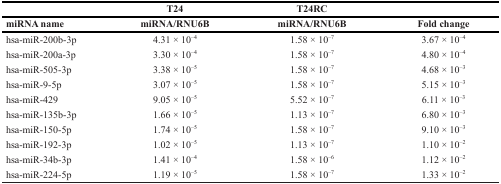
|  | T24 | T24RC |  |
 | miRNA name | miRNA/RNU6B | miRNA/RNU6B | Fold change |
 | --- | --- | --- | --- |
 | hsa-miR-200b-3p | 4.31 × 10–4 | 1.58 × 10–7 | 3.67 × 10–4 |
 | hsa-miR-200a-3p | 3.30 × 10–4 | 1.58 × 10–7 | 4.80 × 10–4 |
 | hsa-miR-505-3p | 3.38 × 10–5 | 1.58 × 10–7 | 4.68 × 10–3 |
 | hsa-miR-9-5p | 3.07 × 10–5 | 1.58 × 10–7 | 5.15 × 10–3 |
 | hsa-miR-429 | 9.05 × 10–5 | 5.52 × 10–7 | 6.11 × 10–3 |
 | hsa-miR-135b-3p | 1.66 × 10–5 | 1.13 × 10–7 | 6.80 × 10–3 |
 | hsa-miR-150-5p | 1.74 × 10–5 | 1.58 × 10–7 | 9.10 × 10–3 |
 | hsa-miR-192-3p | 1.02 × 10–5 | 1.13 × 10–7 | 1.10 × 10–2 |
 | hsa-miR-34b-3p | 1.41 × 10–4 | 1.58 × 10–6 | 1.12 × 10–2 |
 | hsa-miR-224-5p | 1.19 × 10–5 | 1.58 × 10–7 | 1.33 × 10–2 |